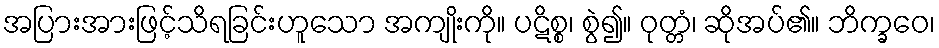
အပြားအားဖြင့်သိရခြင်းဟူသော အကျိုးကို။ ပဋိစ္စ၊ စွဲ၍။ ဝုတ္တံ၊ ဆိုအပ်၏။ ဘိက္ခဝေ၊